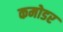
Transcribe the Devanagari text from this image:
कमोडर